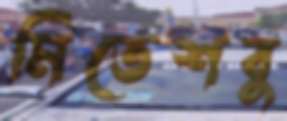
মিতেশবু